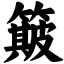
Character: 簸